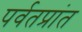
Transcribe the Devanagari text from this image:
पर्वतप्रांत